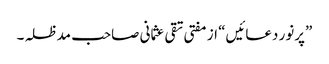
”پرنور دعائیں“ از مفتی تقی عثمانی صاحب مدظلہ۔